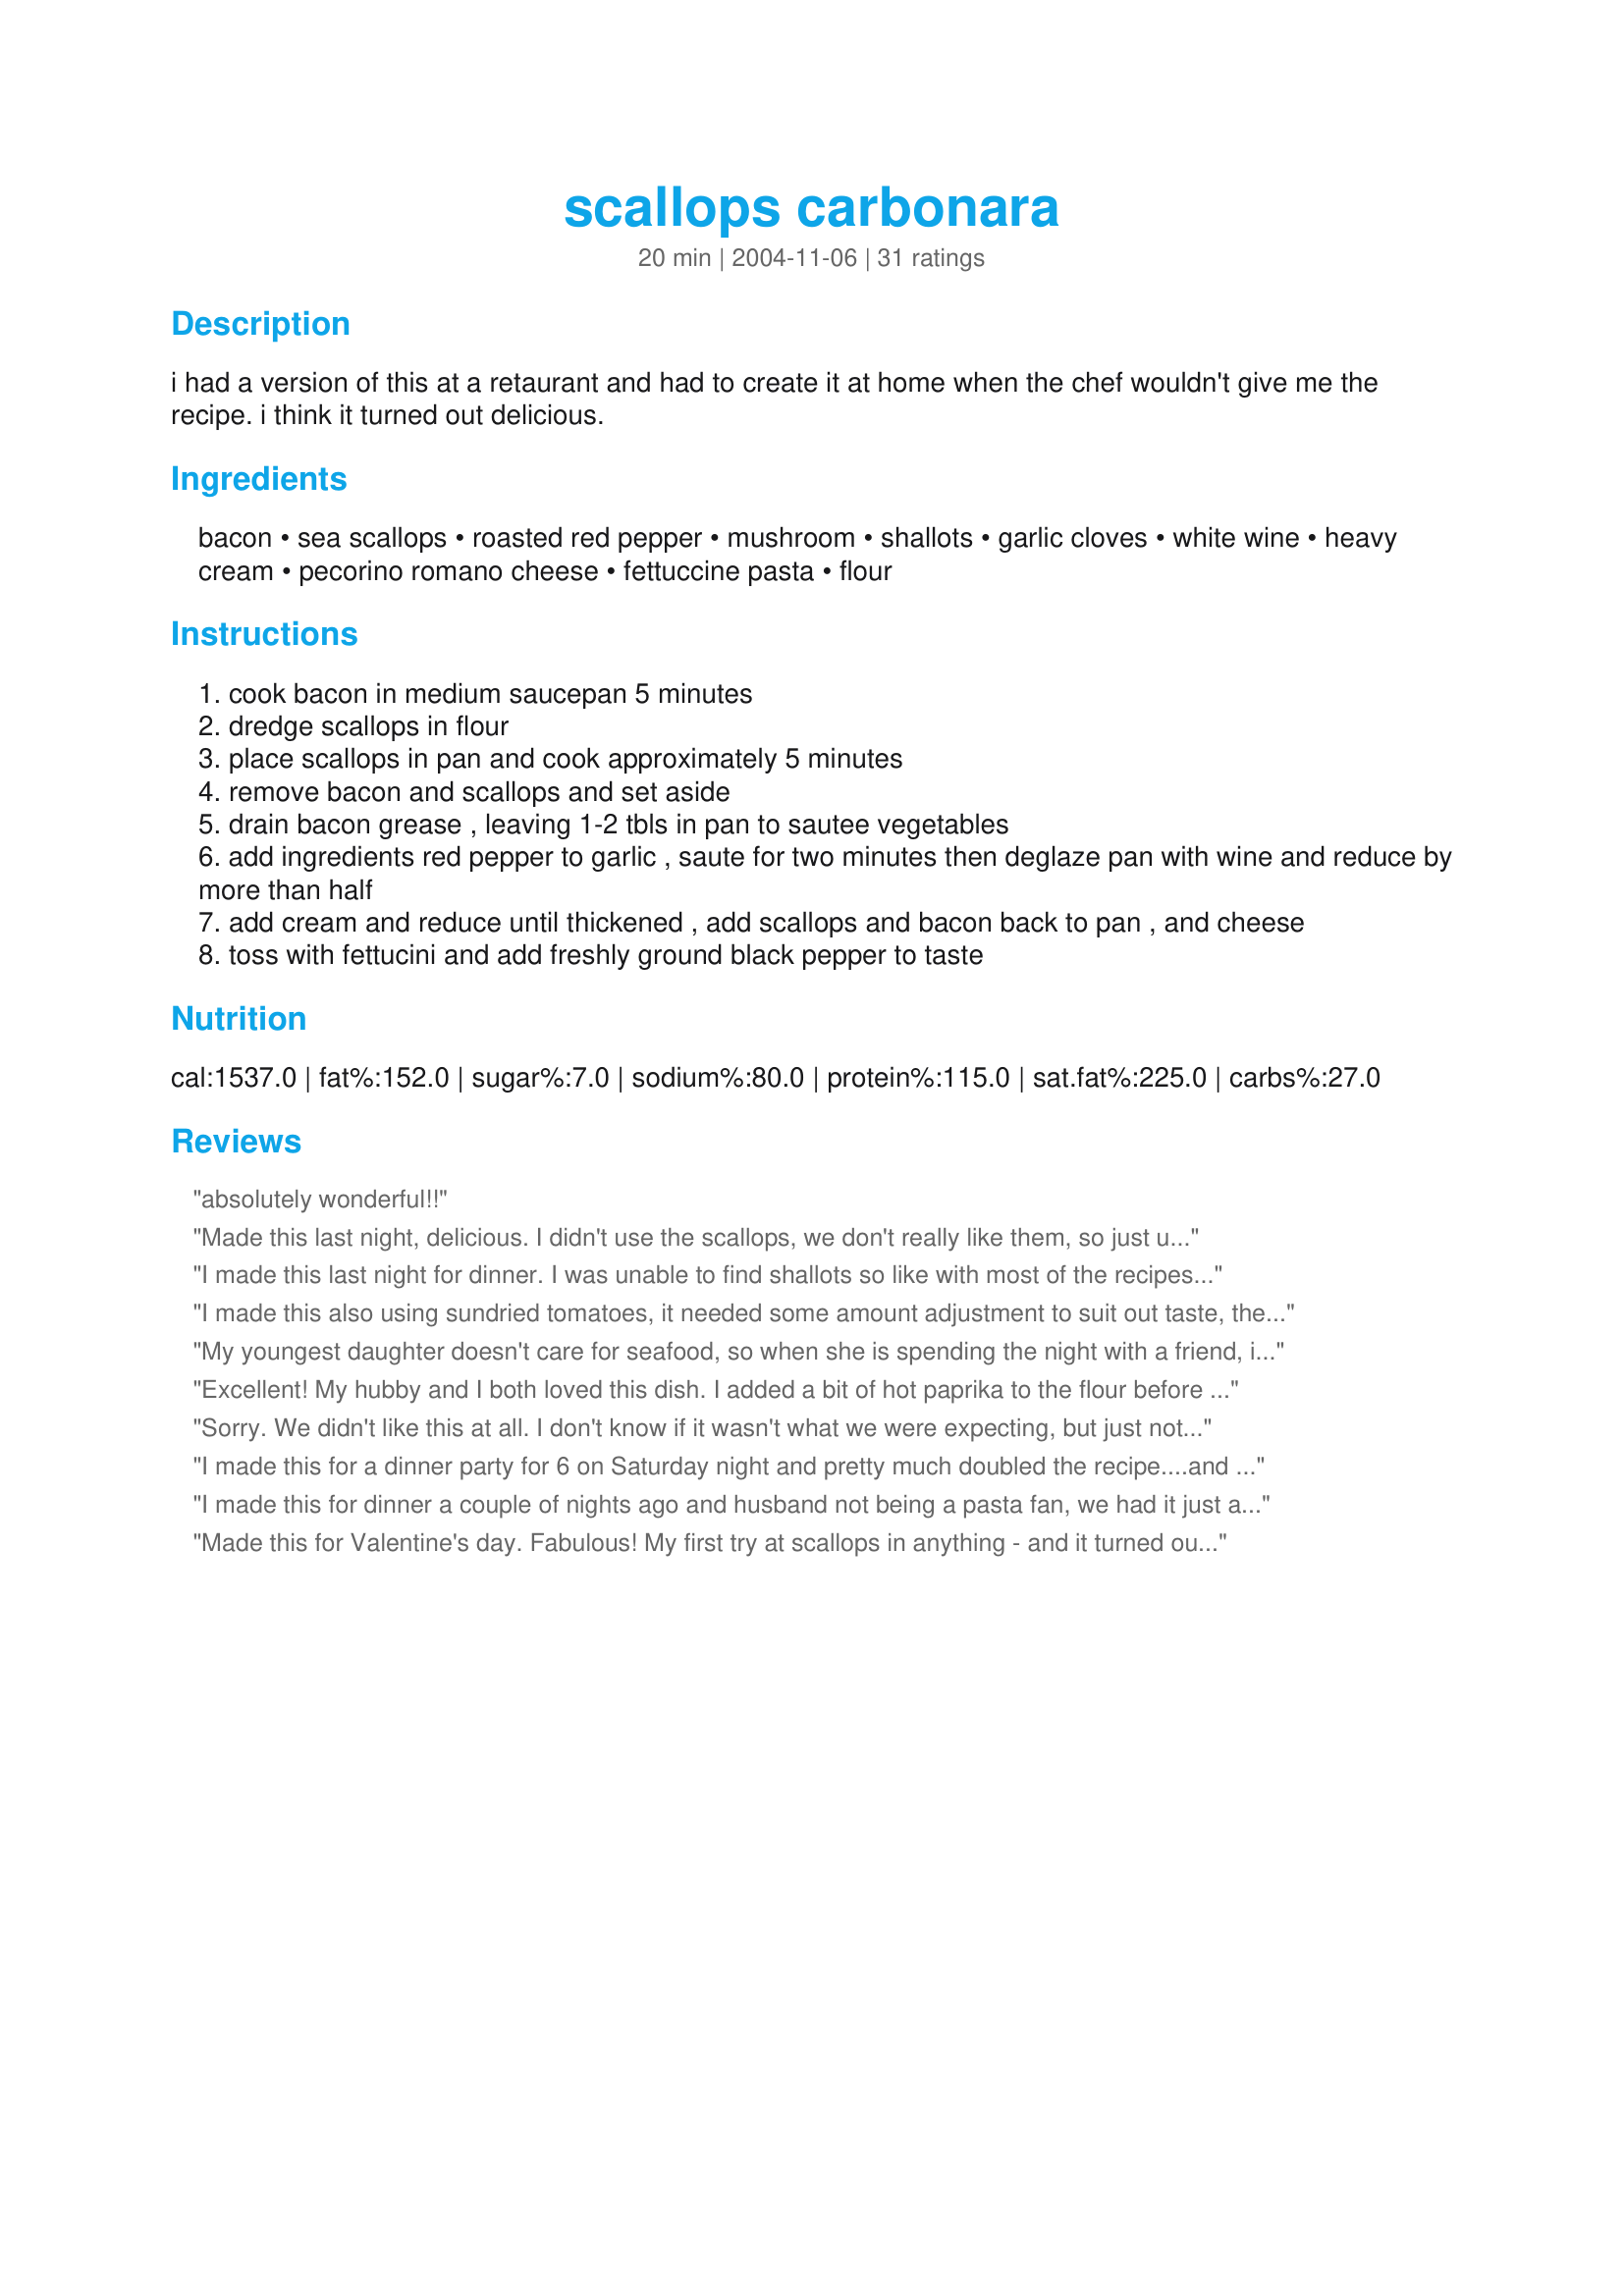
scallops carbonara
Preparation time: 20 minutes

i had a version of this at a retaurant and had to create it at home when the chef wouldn't give me the recipe. i think it turned out delicious.

Ingredients:
bacon, sea scallops, roasted red pepper, mushroom, shallots, garlic cloves, white wine, heavy cream, pecorino romano cheese, fettuccine pasta, flour

Steps:
cook bacon in medium saucepan 5 minutes
dredge scallops in flour
place scallops in pan and cook approximately 5 minutes
remove bacon and scallops and set aside
drain bacon grease , leaving 1-2 tbls in pan to sautee vegetables
add ingredients red pepper to garlic , saute for two minutes then deglaze pan with wine and reduce by more than half
add cream and reduce until thickened , add scallops and bacon back to pan , and cheese
toss with fettucini and add freshly ground black pepper to taste

Reviews:
absolutely wonderful!!
Made this last night, delicious. I didn't use the scallops, we don't really like them, so just used bacon, mushrooms, onions, and garlic, and very much enjoyed this simple but rich dish. I had some for lunch today as well, yum!

An excellent midweek supper when you just want something soul-satisfying but don't have a lot of time!
I made this last night for dinner. I was unable to find shallots so like with most of the recipes that call for garlic........I just added more. I used a low sodium bacon and it really complimented the sauce with out being overly salty. I did not make the fettucini but instead just spooned the sauce over the scallops. My husband raved about this dish and my non loving seafood lover daughter actually took a bit and said it was very good she just can't get past the texture. lol. Next time I think I will add some fresh parsley to sprinkle on top for added color. Very rich and delicious.
I made this also using sundried tomatoes, it needed some amount adjustment to suit out taste, the garlic was not enough and it needed some heat so I added in crushed chili flakes and used yellow onions in place of shallots, made for Kel's cookathon in honor of Eric
My youngest daughter doesn't care for seafood, so when she is spending the night with a friend, it's fun for my oldest daughter and I to try a seafood recipe. 
I found this recipe, and we knew this would be the recipe for tonight. We were not disappointed. Followed the recipe verbatim. Delicious! Next time, I think I'll add some crushed red peppers. yum!!
Excellent! My hubby and I both loved this dish. I added a bit of hot paprika to the flour before dredging and some crushed red pepper flakes to the vegetables as I sauteed them. The sauce had a nice color and just a tiny bit of a "kick." I will definitely make this dish again very soon!
Sorry. We didn't like this at all. I don't know if it wasn't what we were expecting, but just not for us
I made this for a dinner party for 6 on Saturday night and pretty much doubled the recipe....and enough left over for another dinner for 3!! Is this recipe really serve just 2 as written? It was wonderful and I will certainly make it again. Thank you for sharing
I made this for dinner a couple of nights ago and husband not being a pasta fan, we had it just as the sauce. It was good. Last night I added the pasta and it was delicious. There was even a little left over for breakfast. I didn't change anything and was thrilled with this delicious dish. Thanks for the recipe
Made this for Valentine's day. Fabulous! My first try at scallops in anything - and it turned out perfectly! Next night's leftovers and the kids nearly finished it all up...mushrooms, and all. That's saying a lot :)
This was my first try at a Carbonara as well as working with scallops and MAN was it a hit! Fantastic flavour! I changed nothing and don't plan to change anything when I make it for a family dinner later this month! Thanks for posting this recipe!
Super easy to make. My son kept saying, "I smell something good!" while I was making it. Whole family loved it except for my picky eater daughter who always want her pasta plain. Even so, she finished 2/3 of her pasta in the bowl. I replaced red pepper with asperagus and used sake instead of white wine because I did't have those ingredients at home. Still tasty!
I cooked this using the smaller bay scallops because that is what I had. I enjoyed this and will make it again, but next time I will use about half as much bacon and use the sea scallops. Thanks for posting this recipe KelBel.
This was a great recipe to build on! I wanted to reduce some of the fat content so I replaced a few ingredients, but followed the general idea of the recipe. I used chicken stock in place of the wine, turkey bacon for the bacon and 3/4 cups of whole milk with 1/4 cup of butter in place of the cream. It still turned out wonderfully! I will make this again.
This has become my hubbies favorite!
absoutely delicious!!! I am a big scallop fan and have tried them many ways. Scallops Carbonara is in the top 5. Im sure it would have been even better if I hadn't forgotten to put the mushrooms in.
Thanks! I just made this for a dinner party for my husbands birthday and it was a huge hit.I took a chance at making it for a crowd when I'd not tried the recipe out first, but knowing we like carbonara and that my husband is a big fan of scallops, I knew it would work. I made the recipe almost exactly with the exeption of not adding mushrooms and using less than a cup of wine (I only had red on hand, but it worked.). I used romano cheese and fresh sea scallops (which I was lucky enough to get on sale). I might try adding a bit of crushed red pepper to the peppers and shallots for kick just to see if I like it, as someone suggested. lastly, I crack the garlic and let it cook but remove it at the last minute before tossing in pasta and sauce. I don't love lots of garlic but the flavor is good.
Cooked this last night and added sundried tomatoes and sliced zuchini with the veggies. The recipe was delicious and is most definitely a keeper. Felt like I was at a fancy restaurant. My husband couldn't have been more pleased. Thank you!!
This was good and easy to prepare. I wanted something different and this is what I found. I don't usually cook scallops so was a little leary about it but this recipe is so simple that it took my doubts away. I was thinking it didn't look like enough pasta for the sauce but I was wrong, the pasta soaked up all the sauce and it was delicious. thank you for sharing this recipe with us.
I need to first say that we aren't big scallop fans so I'm going to reserve my rating for now. I think if I were this would definately get 5 stars cause it was very tasty otherwise. I like the bacon, mushrooms & garlic flavours. Sub'd a yogurt/sour cream mixture for the heavy cream. I agree the sauce is just enough for the amount of pasta listed.
Delicious recipe. As always I made some mods based on our taste and what I had on hand. Here they are - instead of the half pound of bacon I used a quarter pound of spicy prosciutto. For the veggies I used shallots, carrots, peas and mushrooms. I had only half a pint of cream but it was enough for the pound of penne I used. Added some old bay to the dredging flour and some cajun spice to the sauce. Served it with warm asiago bread. It was a real treat. Thanks for the recipe, KelBel!
This recipe was absolutely delicious! I am not one for bacon in pasta, but I loved this dish! The bacon paired nicely with the scallops. I left out the mushrooms because my husband doesn't like them, and I didn't have shallots so I just used regular yellow onions. I was extremely pleased with this meal, and will absolutely make it again! Thanks for sharing!
A very delicious recipe. I served it with fresh chopped parsley on top, some thick lemon slices, crusty bread and a salad.
Outstanding!! Made this Christmas Eve. Little Rich, didn't have Sea Scallops, used Bay. Use a little milk next day when heating up.
This was a very tasty dish. We loved the bacon in it. I do think less bacon could be used but it was still wonderful. Thanks for posting this recipe.
I made this for the Fourth of July. Left out the red pepper, used sherry instead of red wine, penne pasta substitute and added 1 cup of frozen peas. I garnished it with grated parmesan and fresh tarragon. WOW!! As good as the fireworks.
I just made this dish for my wife and I. I have always been a lover of carbonara, and this is the best I have ever tasted!<br/><br/>Thank you so much!
wow. This is definitely a keeper! I used 3/4 pound low sodium bacon, b/c that's what gives carbonara dishes their "kick," used shrimp AND scallops(breaded) and also used 3 onions(red onions) instead of scallops. I plan to cook this with shrimp next time (but will be careful, though, as shrimp is so easy to overcooked). I also dipped the seafood in milk then flour(with pepper) during the "dredging" stage of the recipe. In the future, I think fresh jumbo shrimp alone(rather than scallops) will work better. Make sure to thaw ahead of time, b/c water weeping can ruin the addition of the bacon fat's flavor to the meat, which is delightful in a carbonara dish.
I've nerver heard my husband praise a meal as much as he did this one. We have eaten Scallop carbonara in the pastin a restaurant. but never heard him praise it as much. I was told that this is a must do recipe in the future.
KelBel, this was downright delicious!! I had not had scallops in quite awhile, and wish the store had fresh ones (only frozen available), but this dish came out perfect. I followed yur recipe exactly other than using the parmesan rather than the romano, and the sauce with the bacon added was just fantastic. Thank you for a very delicious KEEPER for my cookbook. Simple and tasty too! Just love these type of recipes! :)
This was very much enjoyed by my husband. He used bay scallops and skipped the red peppers. Since we used pre-cooked bacon, we drizzled a bit of olive oil in the pan for the vegetables and scallops.
